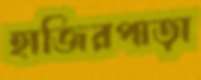
হাজিরপাড়া